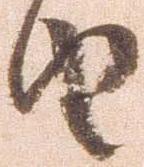
由